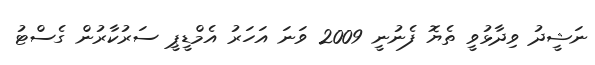
ނަޝީދު ވިދާޅުވީ ތެޔޮ ފެނުނީ 2009 ވަނަ އަހަރު އެމްޑީޕީ ސަރުކާރުން ގެސްޓު